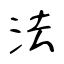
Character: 法